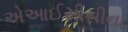
એઆઈસીસીના